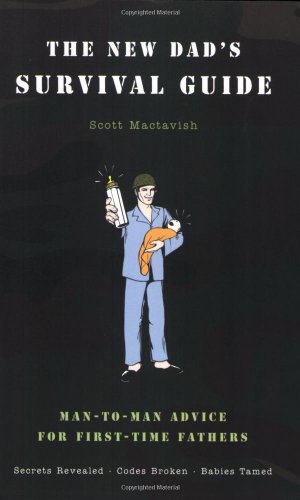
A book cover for The New Dad's Survival Guide: Man-to-Man Advice for First-Time Fathers; Scott Mactavish; Humor & Entertainment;